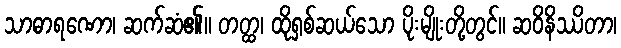
သာဓာရဏော၊ ဆက်ဆံ၏။ တတ္ထ၊ ထိုရှစ်ဆယ်သော ပိုးမျိုးတို့တွင်။ ဆဝိနိဿိတာ၊